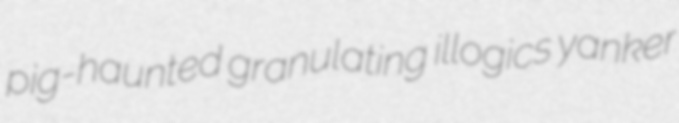
pig-haunted granulating illogics yanker